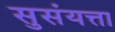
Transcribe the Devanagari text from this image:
सुसंयत्ता